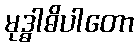
မုဒ္ဓါဓိပါတော